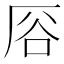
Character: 𫨊